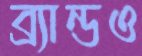
ব্র্যান্ডও